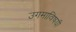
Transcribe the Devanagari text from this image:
उगमाविषयी